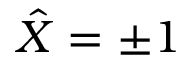
\hat { X } = \pm 1